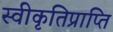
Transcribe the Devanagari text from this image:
स्वीकृतिप्राप्ति